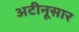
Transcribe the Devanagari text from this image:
अटीनूसार